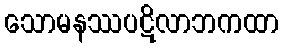
သောမနဿပဋိလာဘကထာ